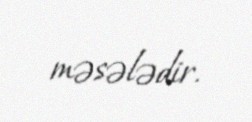
məsələdir.